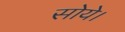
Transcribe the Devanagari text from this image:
सोये।